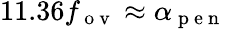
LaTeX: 11.36f_{\mathrm{~o~v~}}\approx\alpha_{\mathrm{~p~e~n~}}